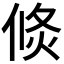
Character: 倐